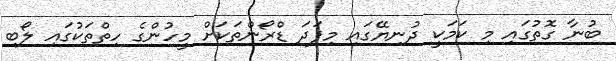
ބުނާ ގޮތުގައި މި ކަމަކީ ދުނިޔޭގައި މިފަދަ ޑްރޯންތަކަށް މީހުންގެ ހިތްތަކުގައި ލޯބި